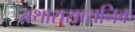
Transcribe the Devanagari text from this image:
तथारासायनिक